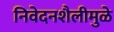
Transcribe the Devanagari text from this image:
निवेदनशैलीमुळे